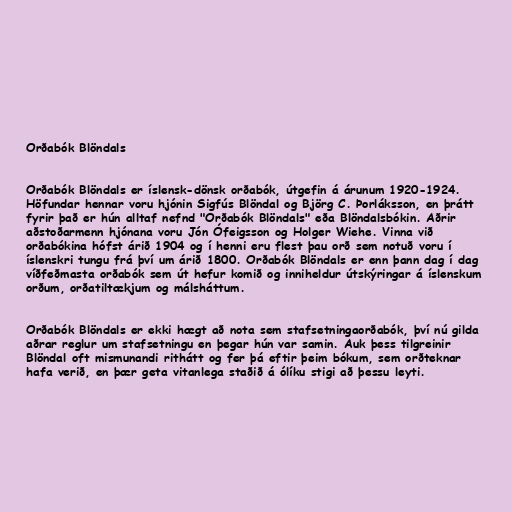
Orðabók Blöndals

Orðabók Blöndals er íslensk-dönsk orðabók, útgefin á árunum 1920-1924.
Höfundar hennar voru hjónin Sigfús Blöndal og Björg C. Þorláksson, en þrátt
fyrir það er hún alltaf nefnd "Orðabók Blöndals" eða Blöndalsbókin. Aðrir
aðstoðarmenn hjónana voru Jón Ófeigsson og Holger Wiehe. Vinna við
orðabókina hófst árið 1904 og í henni eru flest þau orð sem notuð voru í
íslenskri tungu frá því um árið 1800. Orðabók Blöndals er enn þann dag í dag
víðfeðmasta orðabók sem út hefur komið og inniheldur útskýringar á íslenskum
orðum, orðatiltækjum og málsháttum.

Orðabók Blöndals er ekki hægt að nota sem stafsetningaorðabók, því nú gilda
aðrar reglur um stafsetningu en þegar hún var samin. Auk þess tilgreinir
Blöndal oft mismunandi rithátt og fer þá eftir þeim bókum, sem orðteknar
hafa verið, en þær geta vitanlega staðið á ólíku stigi að þessu leyti.